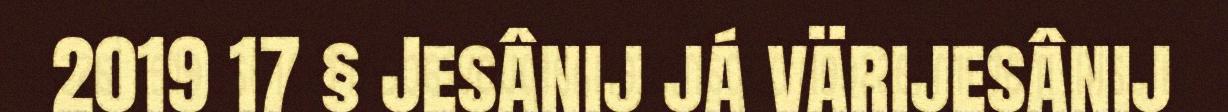
2019 17 § Jesânij já värijesânij